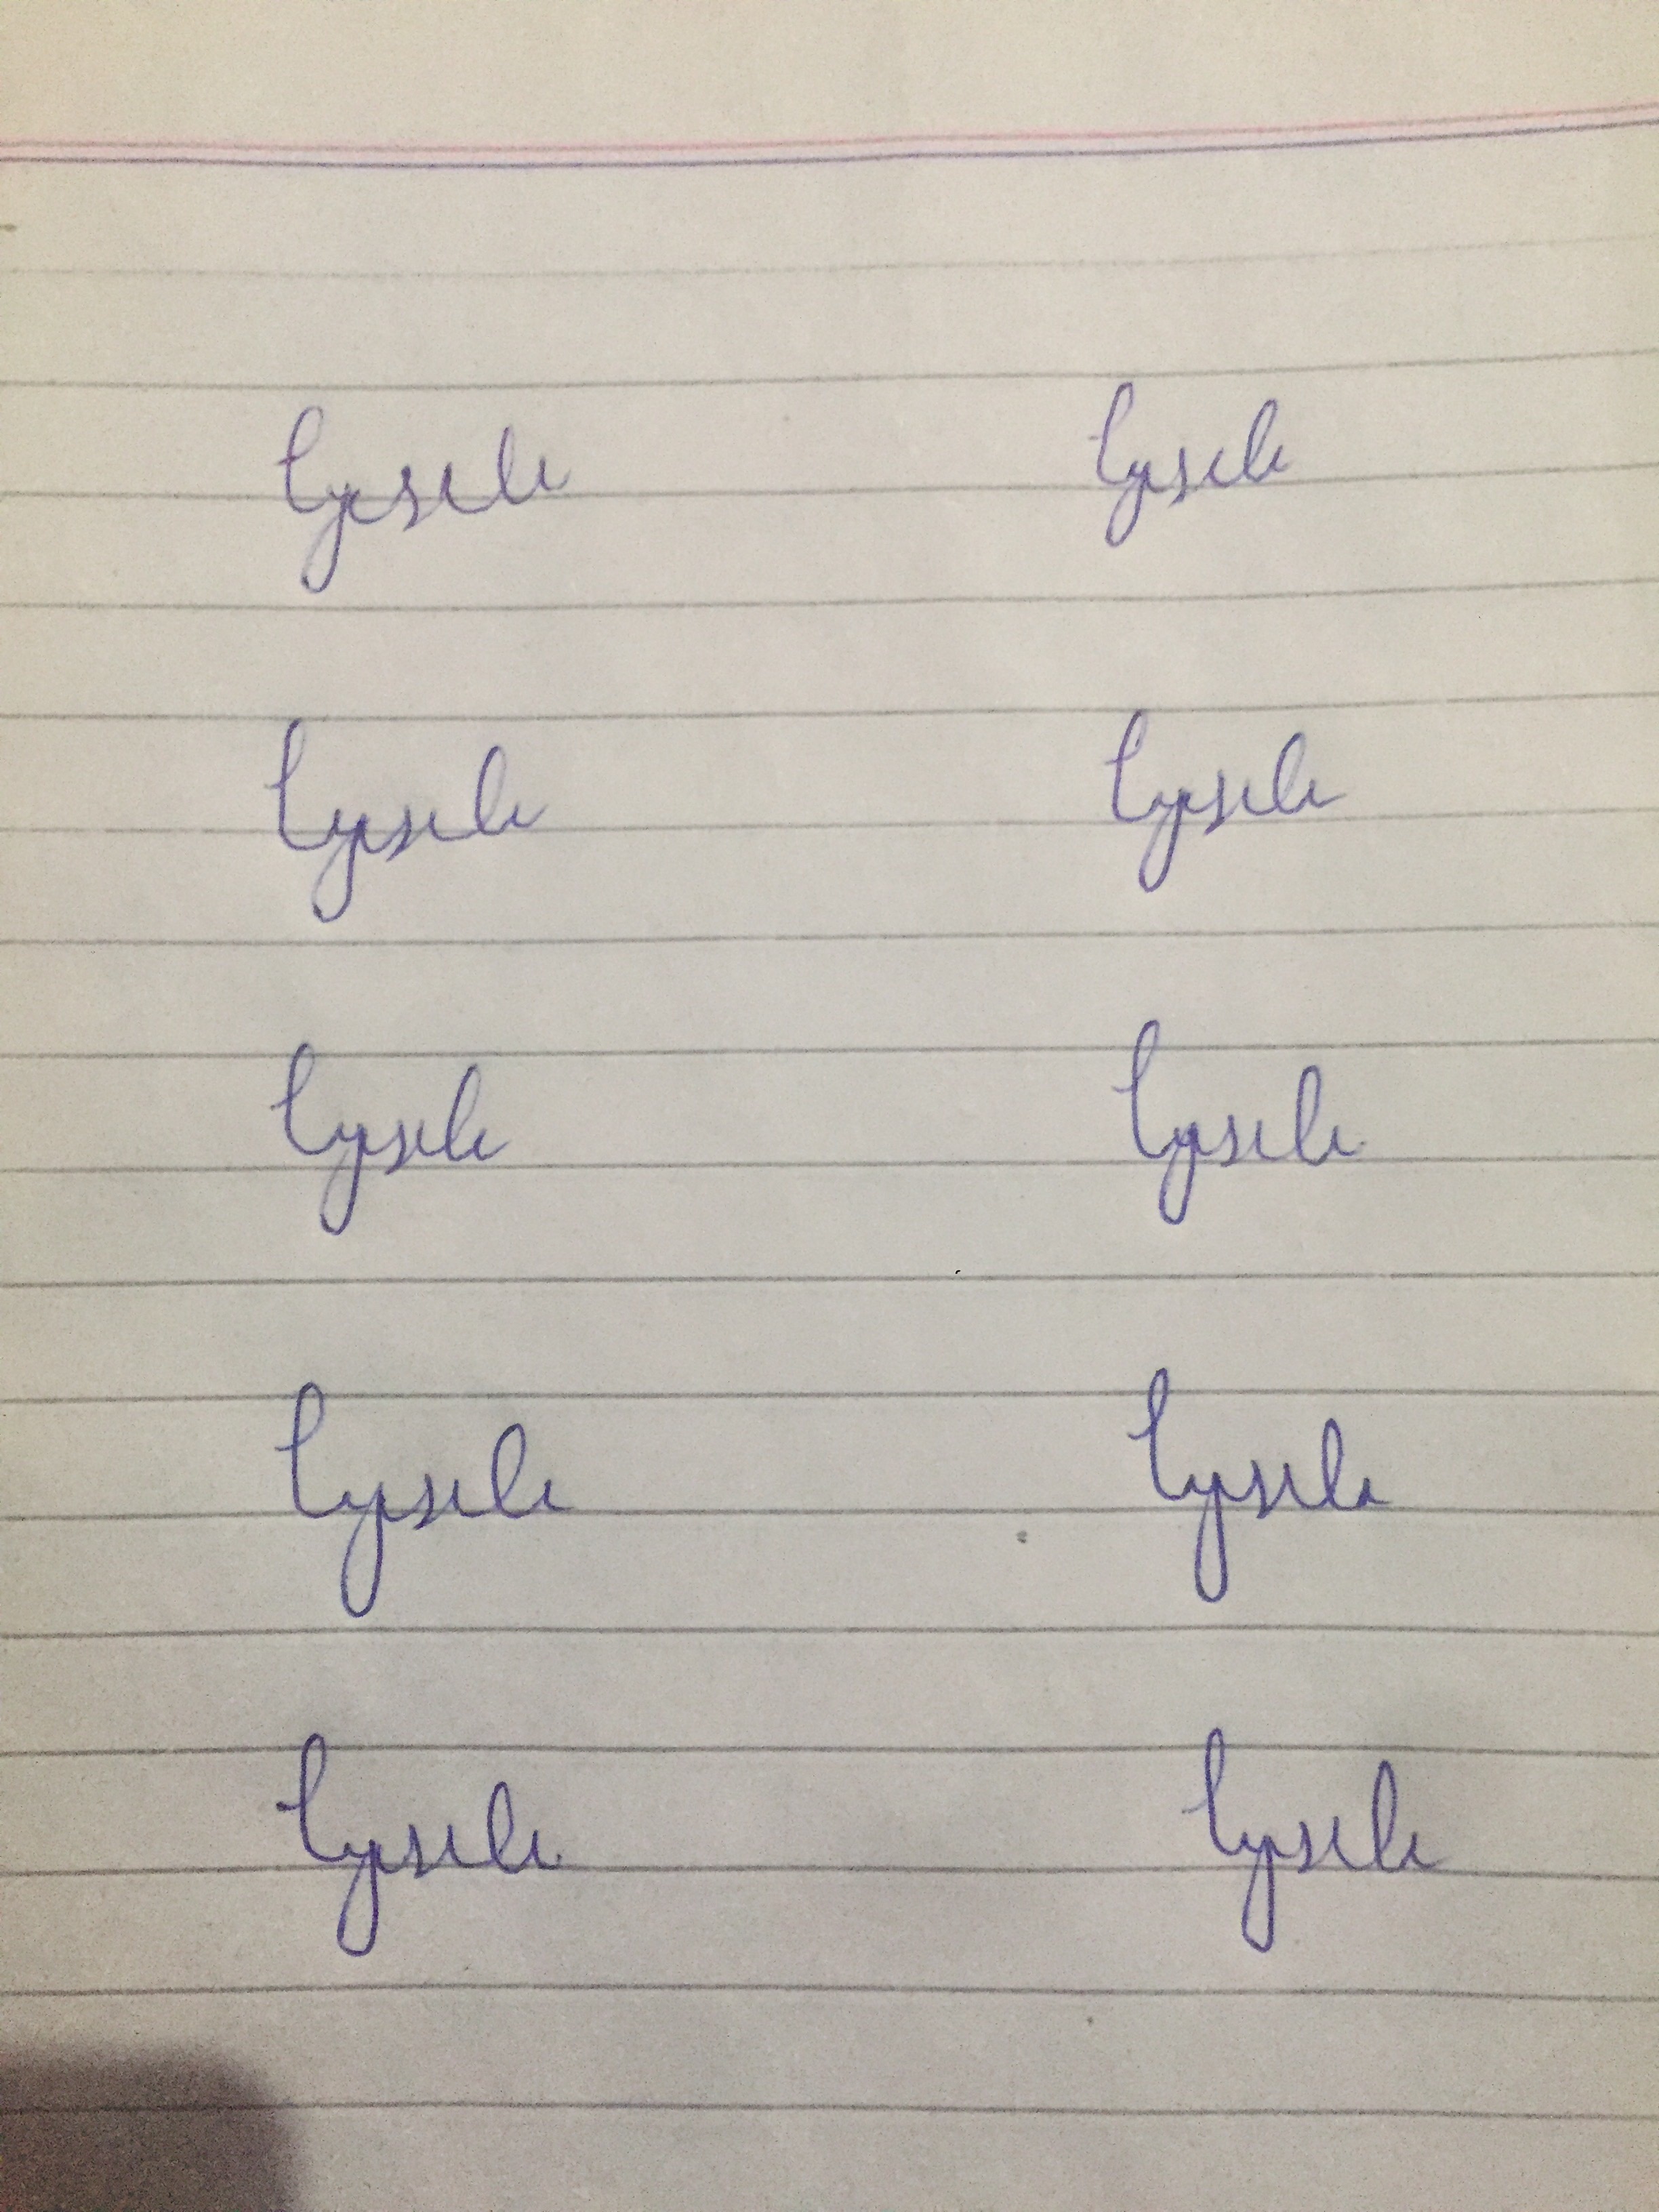
Signature authenticity: forged